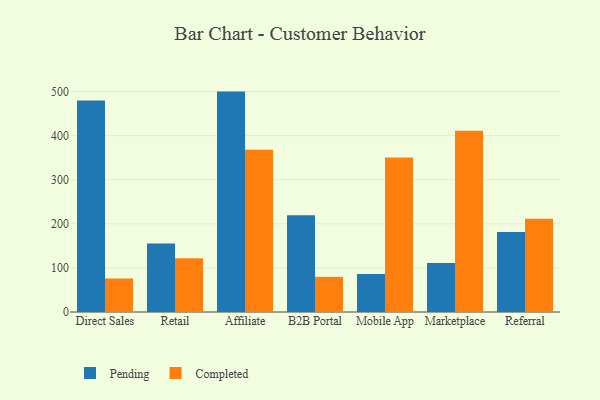
{"axis": {"x": "Channel", "y": "Active Users"}, "legend": ["Completed", "Pending"], "data": [{"x": "Direct Sales", "y": 479.7, "type": "Pending"}, {"x": "Direct Sales", "y": 76.0, "type": "Completed"}, {"x": "Retail", "y": 155.4, "type": "Pending"}, {"x": "Retail", "y": 122.0, "type": "Completed"}, {"x": "Affiliate", "y": 499.8, "type": "Pending"}, {"x": "Affiliate", "y": 368.1, "type": "Completed"}, {"x": "B2B Portal", "y": 219.3, "type": "Pending"}, {"x": "B2B Portal", "y": 79.7, "type": "Completed"}, {"x": "Mobile App", "y": 86.1, "type": "Pending"}, {"x": "Mobile App", "y": 350.5, "type": "Completed"}, {"x": "Marketplace", "y": 111.3, "type": "Pending"}, {"x": "Marketplace", "y": 411.2, "type": "Completed"}, {"x": "Referral", "y": 181.4, "type": "Pending"}, {"x": "Referral", "y": 211.7, "type": "Completed"}]}